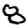
Digit: 8